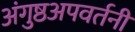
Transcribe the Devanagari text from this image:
अंगुष्ठअपवर्तनी